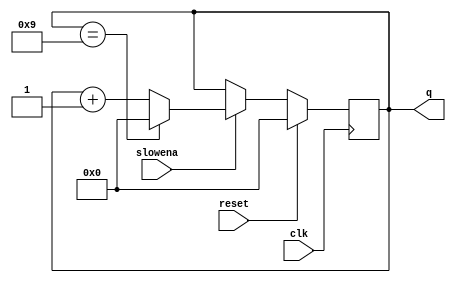
module top_module (
    input clk,
    input slowena,
    input reset,
    output reg [3:0] q);

always @(posedge clk)
begin
    if(reset)
        q <= 0;
    else if(slowena)
        if(q == 4'b1001)
            q <= 0;
        else
            q <= q+1;
end

endmodule